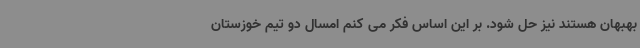
بهبهان هستند نیز حل شود. بر این اساس فکر می کنم امسال دو تیم خوزستان